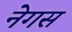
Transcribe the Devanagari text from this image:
नेगस